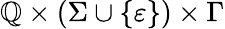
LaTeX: \mathbb{Q}\times(\Sigma\cup\{ \varepsilon\} )\times\Gamma